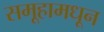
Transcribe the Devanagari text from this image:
समूहामधून